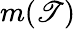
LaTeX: m(\mathscr{T})